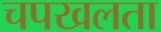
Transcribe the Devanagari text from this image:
चपखलता